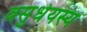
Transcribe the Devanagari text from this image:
वसुधेयस्य